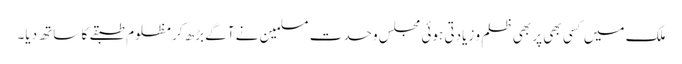
ملک میں کسی بھی پر بھی ظلم و زیادتی ہوئی مجلس وحدت مسلمین نے آگے بڑھ کر مظلوم طبقے کا ساتھ دیا۔